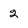
Character: 2